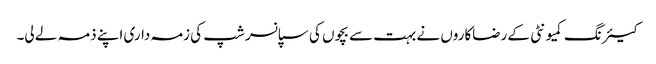
کیئرنگ کمیونٹی کے رضاکاروں نے بہت سے بچوں کی سپانسر شپ کی زمہ داری اپنے ذمہ لے لی۔